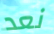
نعد